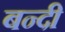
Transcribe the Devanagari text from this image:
बन्‍दी